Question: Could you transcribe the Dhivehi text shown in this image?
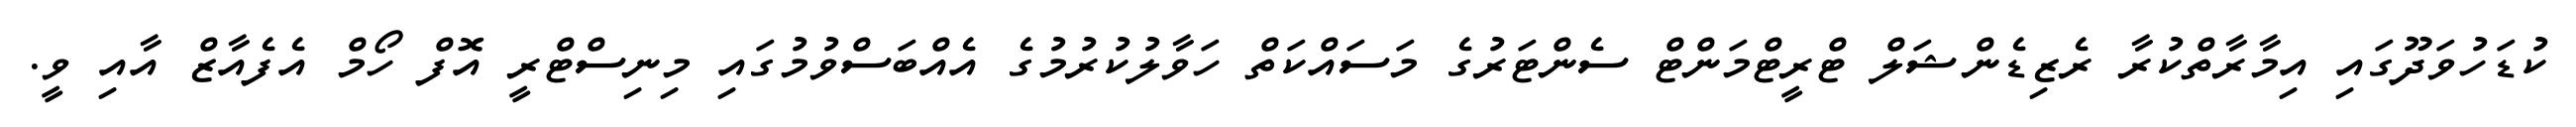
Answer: ކުޑަހުވަދޫގައި އިމާރާތްކުރާ ރެޒިޑެންޝަލް ޓްރީޓްމަންޓް ސެންޓަރުގެ މަސައްކަތް ހަވާލުކުރުމުގެ އެއްބަސްވުމުގައި މިނިސްޓްރީ އޮފް ހޯމް އެފެއާޒް އާއި ވީ.